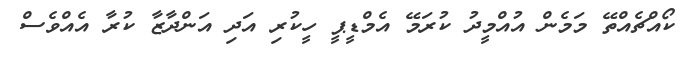
ކޯއްޗެއްތޭ މަމެން އުއްމީދު ކުރަމޭ އެމްޑީޕީ ހީކުރި އަދި އަންދާޒާ ކުރާ އެއްވެސް